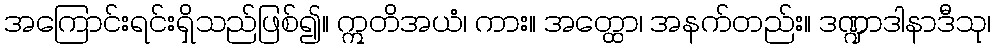
အကြောင်းရင်းရှိသည်ဖြစ်၍။ ဣတိအယံ၊ ကား။ အတ္ထော၊ အနက်တည်း။ ဒဏ္ဍာဒါနာဒီသု၊